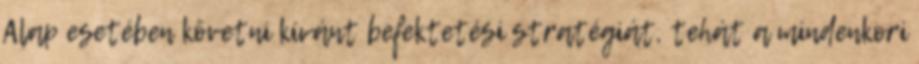
Alap esetében követni kívánt befektetési stratégiát, tehát a mindenkori